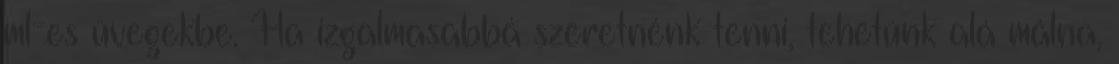
ml-es üvegekbe. Ha izgalmasabbá szeretnénk tenni, tehetünk alá málna,